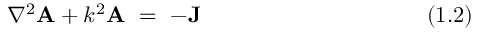
\nabla ^ { 2 } \mathbf { A } + k ^ { 2 } \mathbf { A } ~ = ~ - \mathbf { J } ~ ~ ~ ~ ~ ~ ~ ~ ~ ~ ~ ~ ~ ~ ~ ~ ~ ~ ~ ~ ~ ~ ~ ~ ~ ~ ~ ~ ~ ~ ( 1 . 2 )